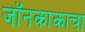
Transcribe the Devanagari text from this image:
जॉनकाकाचा